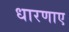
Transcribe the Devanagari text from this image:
धारणाए